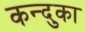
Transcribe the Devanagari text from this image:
कन्दुका